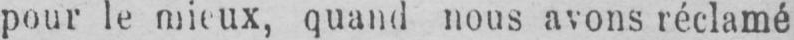
pour le mieux, quand nous avons réclamé